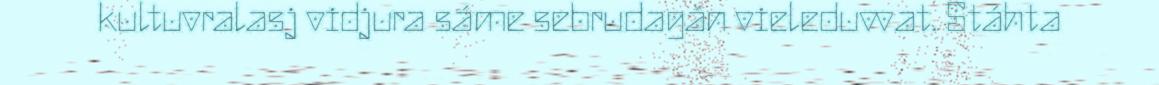
kultuvralasj vidjura sáme sebrudagán vieleduvvat. Stáhta